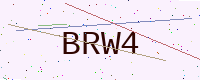
Text: BRW4